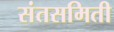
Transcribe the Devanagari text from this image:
संतसमिती